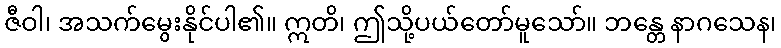
ဇီဝါ၊ အသက်မွေးနိုင်ပါ၏။ ဣတိ၊ ဤသို့ပယ်တော်မူသော်။ ဘန္တေ နာဂသေန၊